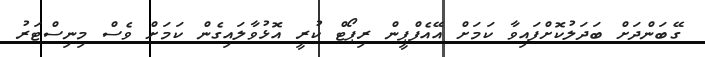
ގޭބަންދަށް ބަދަލުކޮށްފައިވާ ކަމަށް އޭއެފްޕީން ރިޕޯޓް ކުރީ އޮޅުވާލައިގެން ކަމަށް ވެސް މިނިސްޓަރު